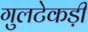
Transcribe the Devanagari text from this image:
गुलटेकड़ी